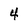
Character: 4